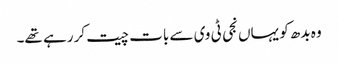
وہ بدھ کو یہاں نجی ٹی وی سے بات چیت کر رہے تھے۔